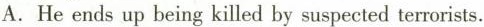
A.He ends up being killed by suspected terrorists.